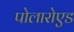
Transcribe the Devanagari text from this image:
पोलारोएड